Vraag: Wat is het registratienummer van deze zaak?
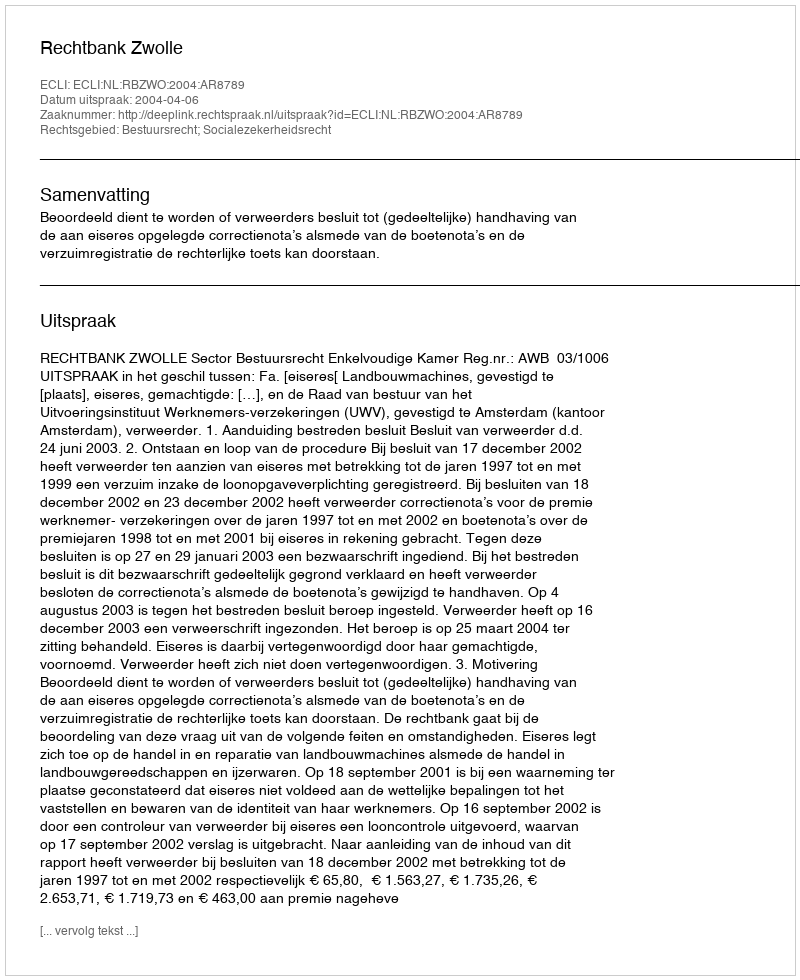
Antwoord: http://deeplink.rechtspraak.nl/uitspraak?id=ECLI:NL:RBZWO:2004:AR8789